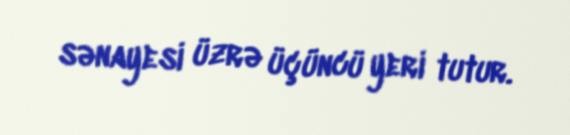
sənayesi üzrə üçüncü yeri tutur.